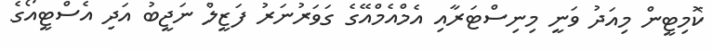
ކޮމިޓީން މިއަދު ވަނީ މިނިސްޓަރާއި އެމްއެމްއޭގެ ގަވަރުނަރު ފަޒީލް ނަޖީބު އަދި އެސްޓީއޯގެ